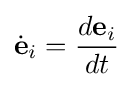
{\dot {\mathbf {e} }}_{i}={\frac {d\mathbf {e} _{i}}{dt}}